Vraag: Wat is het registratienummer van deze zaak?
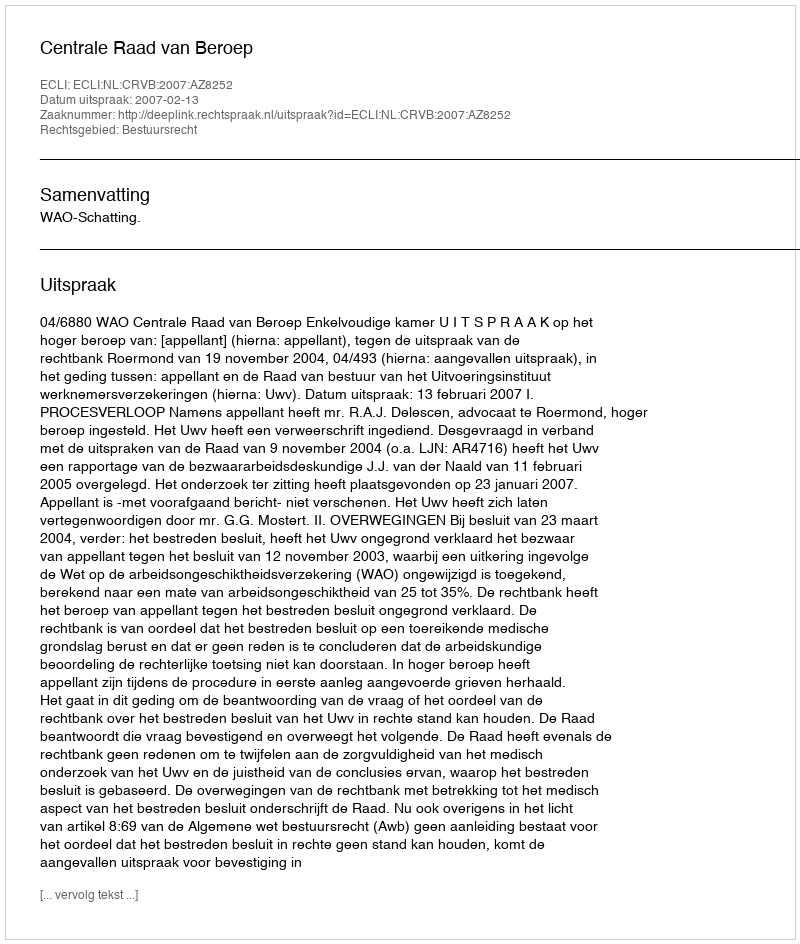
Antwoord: http://deeplink.rechtspraak.nl/uitspraak?id=ECLI:NL:CRVB:2007:AZ8252